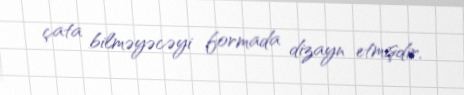
çata bilməyəcəyi formada dizayn etmişdir.